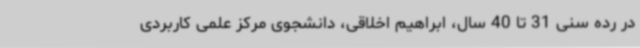
در رده سنی 31 تا 40 سال، ابراهیم اخلاقی، دانشجوی مرکز علمی کاربردی